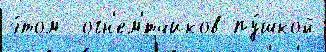
э́том  огн'ем'́тчиков пу́шкой